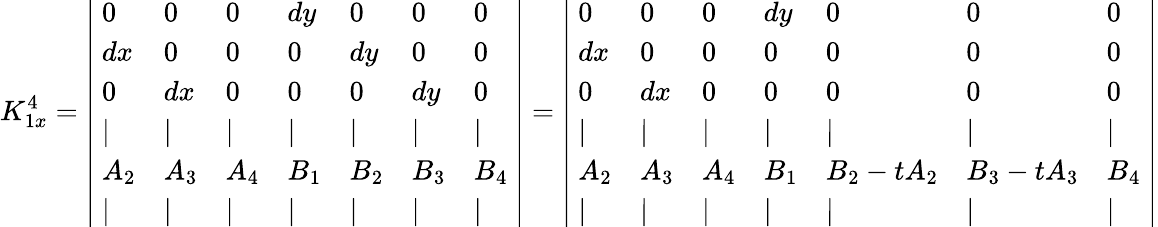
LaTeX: K_{1x}^{4}=\left|\begin{array}{lllllll}{~0}&{0}&{0}&{dy}&{0}&{0}&{0~}\\ {~dx}&{0}&{0}&{0}&{dy}&{0}&{0~}\\ {~0}&{dx}&{0}&{0}&{0}&{dy}&{0~}\\ {~|}&{|}&{|}&{|}&{|}&{|}&{|~}\\ {~A_{2}}&{A_{3}}&{A_{4}}&{B_{1}}&{B_{2}}&{B_{3}}&{B_{4}~}\\ {~|}&{|}&{|}&{|}&{|}&{|}&{|~}\end{array}\right|=\left|\begin{array}{lllllll}{~0}&{0}&{0}&{dy}&{0}&{0}&{0~}\\ {~dx}&{0}&{0}&{0}&{0}&{0}&{0~}\\ {~0}&{dx}&{0}&{0}&{0}&{0}&{0~}\\ {~|}&{|}&{|}&{|}&{|}&{|}&{|~}\\ {~A_{2}}&{A_{3}}&{A_{4}}&{B_{1}}&{B_{2}-tA_{2}}&{B_{3}-tA_{3}}&{B_{4}~}\\ {~|}&{|}&{|}&{|}&{|}&{|}&{|~}\end{array}\right|